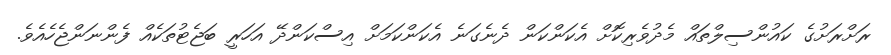
ރަށްރަށުގެ ކައުންސިލްތައް މެދުވެރިކޮށް އެކަންކަން ދެނެގަނެ އެކަންކަމަށް އިސްކަންދޭ އަހަރީ ބަޖެޓުތަކެއް ފެންނަންޖެހެއެވެ.